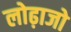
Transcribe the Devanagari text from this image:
लोढ़ाजो